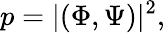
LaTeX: p=|(\Phi,\Psi)|^{2},